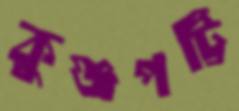
কুঞ্জপট্টি